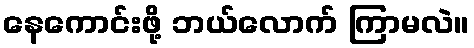
နေကောင်းဖို့ ဘယ်လောက် ကြာမလဲ။